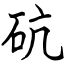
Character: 砊